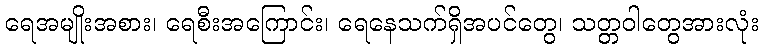
ရေအမျိုးအစား၊ ရေစီးအကြောင်း၊ ရေနေသက်ရှိအပင်တွေ၊ သတ္တဝါတွေအားလုံး